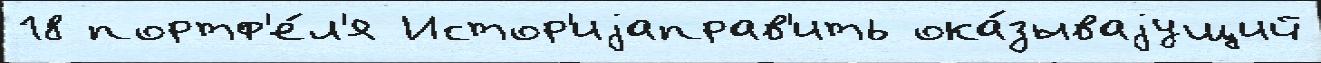
18 портф'е́л'я Истор'иjаправ'ить ока́зываjущий